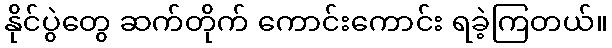
နိုင်ပွဲတွေ ဆက်တိုက် ကောင်းကောင်း ရခဲ့ကြတယ်။